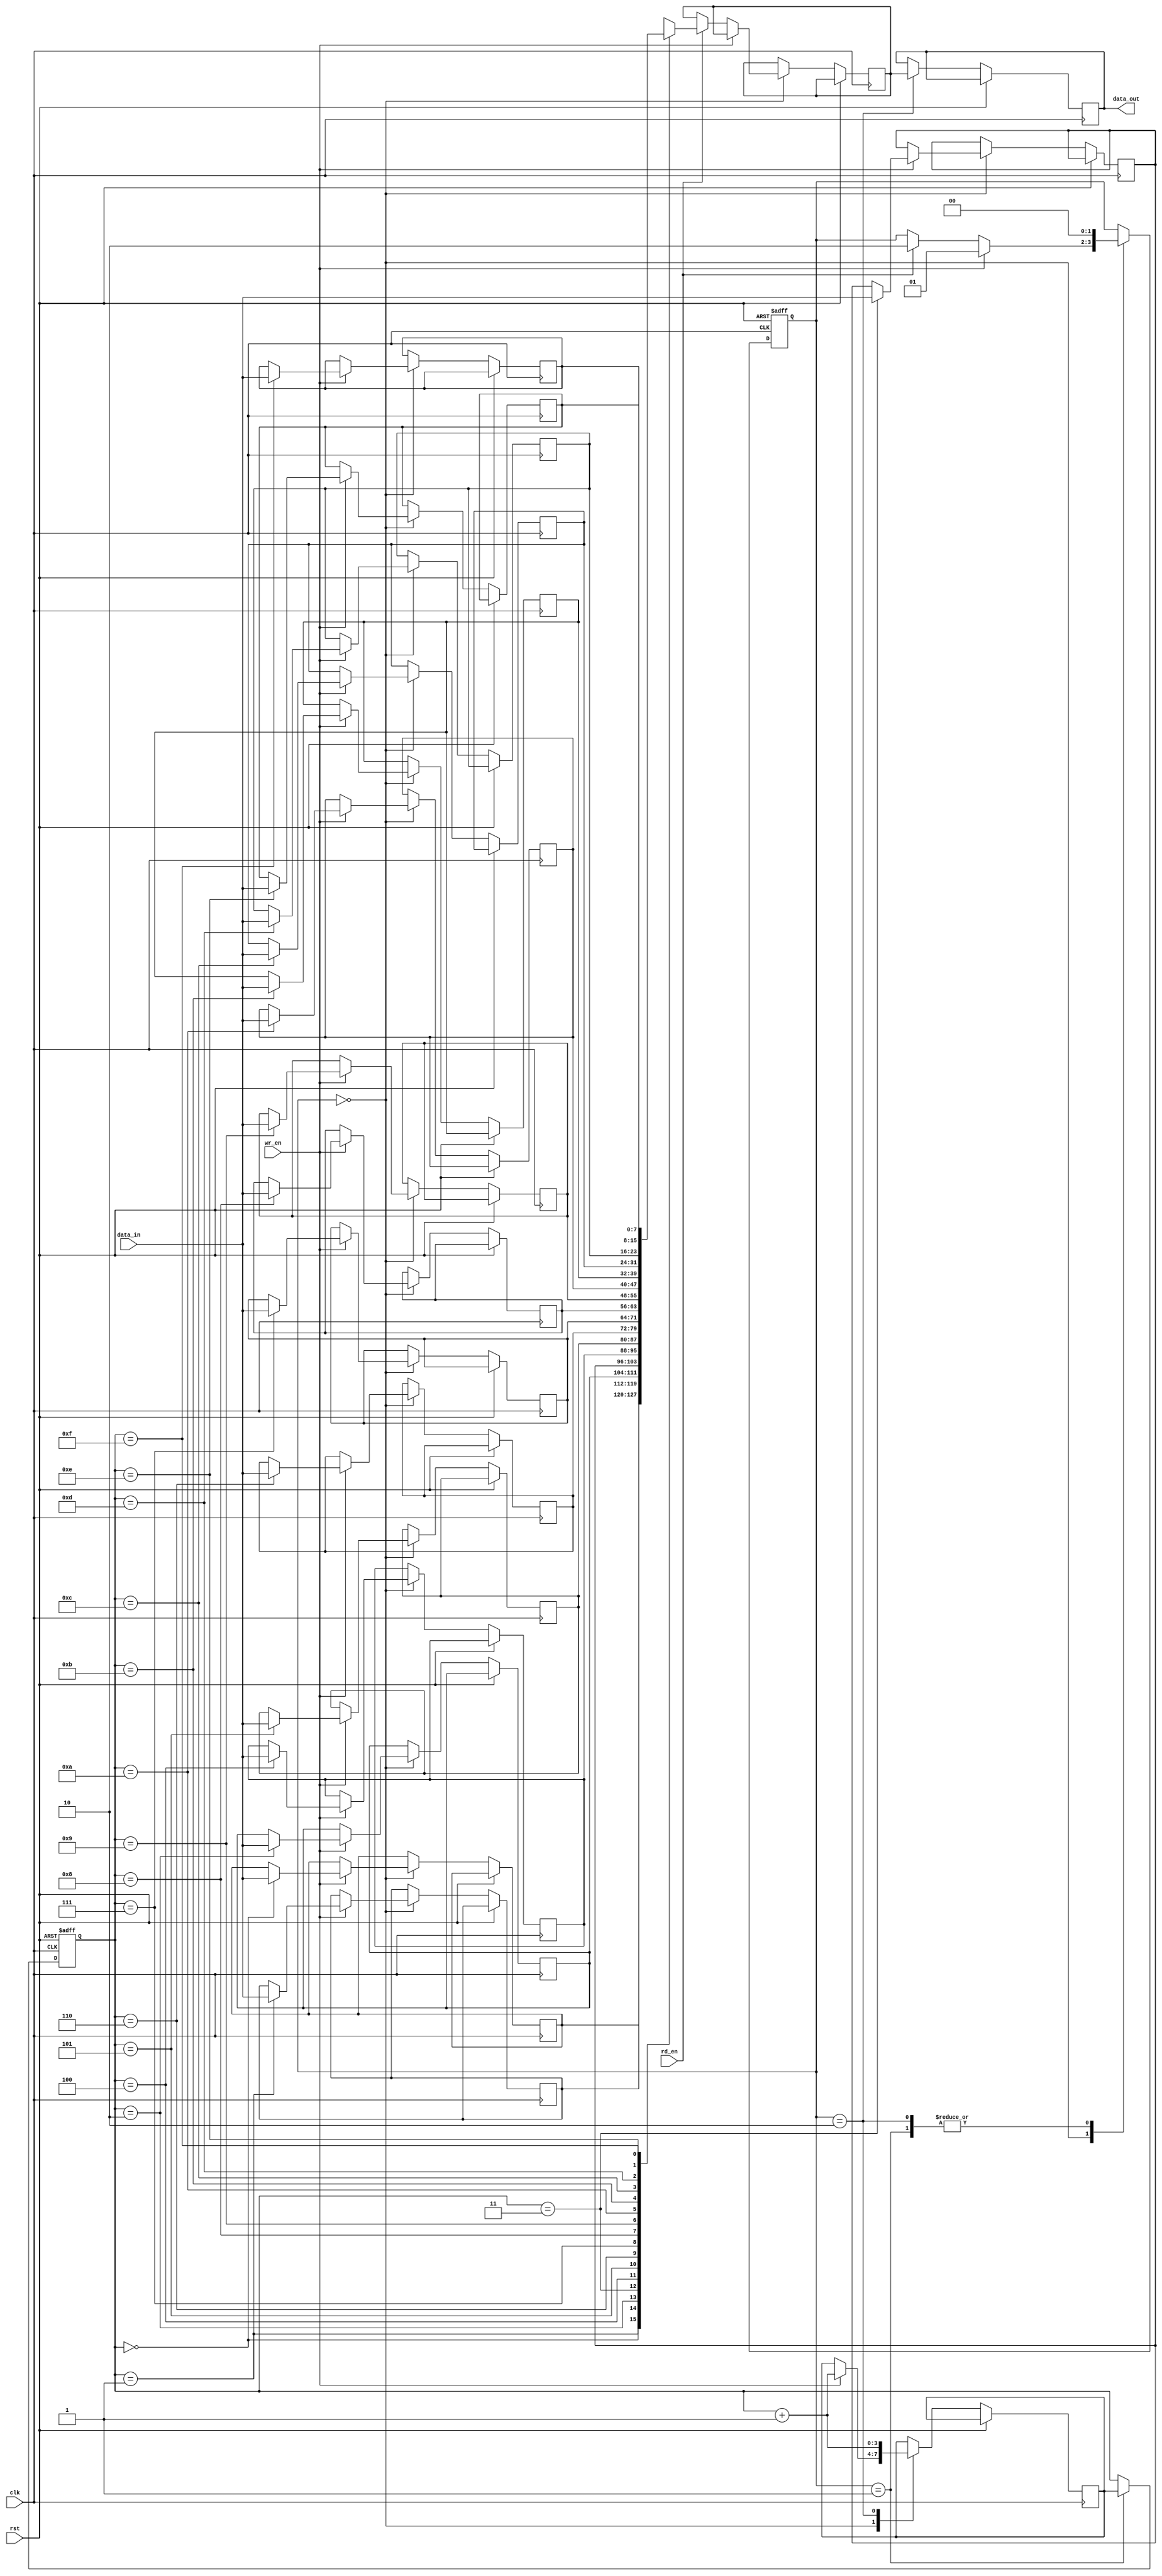
module Gray_FIFO(
    input wire clk,
    input wire rst,
    input wire wr_en,
    input wire rd_en,
    input wire [7:0] data_in,
    output reg [7:0] data_out
);

reg [7:0] memory [0:15]; // FIFO memory to store incoming data
reg [3:0] gray_counter = 4'd0; // Gray code counter to keep track of data order
reg [3:0] next_gray_counter;
reg [7:0] next_data_out;
reg [1:0] state = 2'b00; // State machine to manage read and write operations

always @(posedge clk or posedge rst) begin
    if (rst) begin
        // Reset FIFO state
        state <= 2'b00;
        gray_counter <= 4'd0;
    end else begin
        // State machine logic
        case (state)
            2'b00: begin // Idle state
                if (wr_en) begin
                    memory[gray_counter] <= data_in; // Write data to FIFO memory
                    next_gray_counter <= gray_counter + 1; // Increment Gray code counter
                    state <= 2'b01; // Move to write state
                end else if (rd_en) begin
                    next_data_out <= memory[gray_counter]; // Read data from FIFO memory
                    state <= 2'b10; // Move to read state
                end
            end
            2'b01: begin // Write state
                gray_counter <= next_gray_counter;
                state <= 2'b00; // Move back to idle state
            end
            2'b10: begin // Read state
                data_out <= next_data_out;
                next_gray_counter <= gray_counter + 1; // Increment Gray code counter
                state <= 2'b00; // Move back to idle state
            end
        endcase
    end
end

endmodule